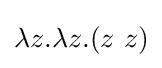
\lambda z.\lambda z.(z\ z)